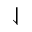
\downharpoonleft